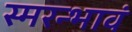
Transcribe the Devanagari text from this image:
स्मरन्भावं